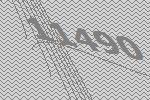
11490